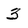
Character: 3